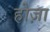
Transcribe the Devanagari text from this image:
होज़ा